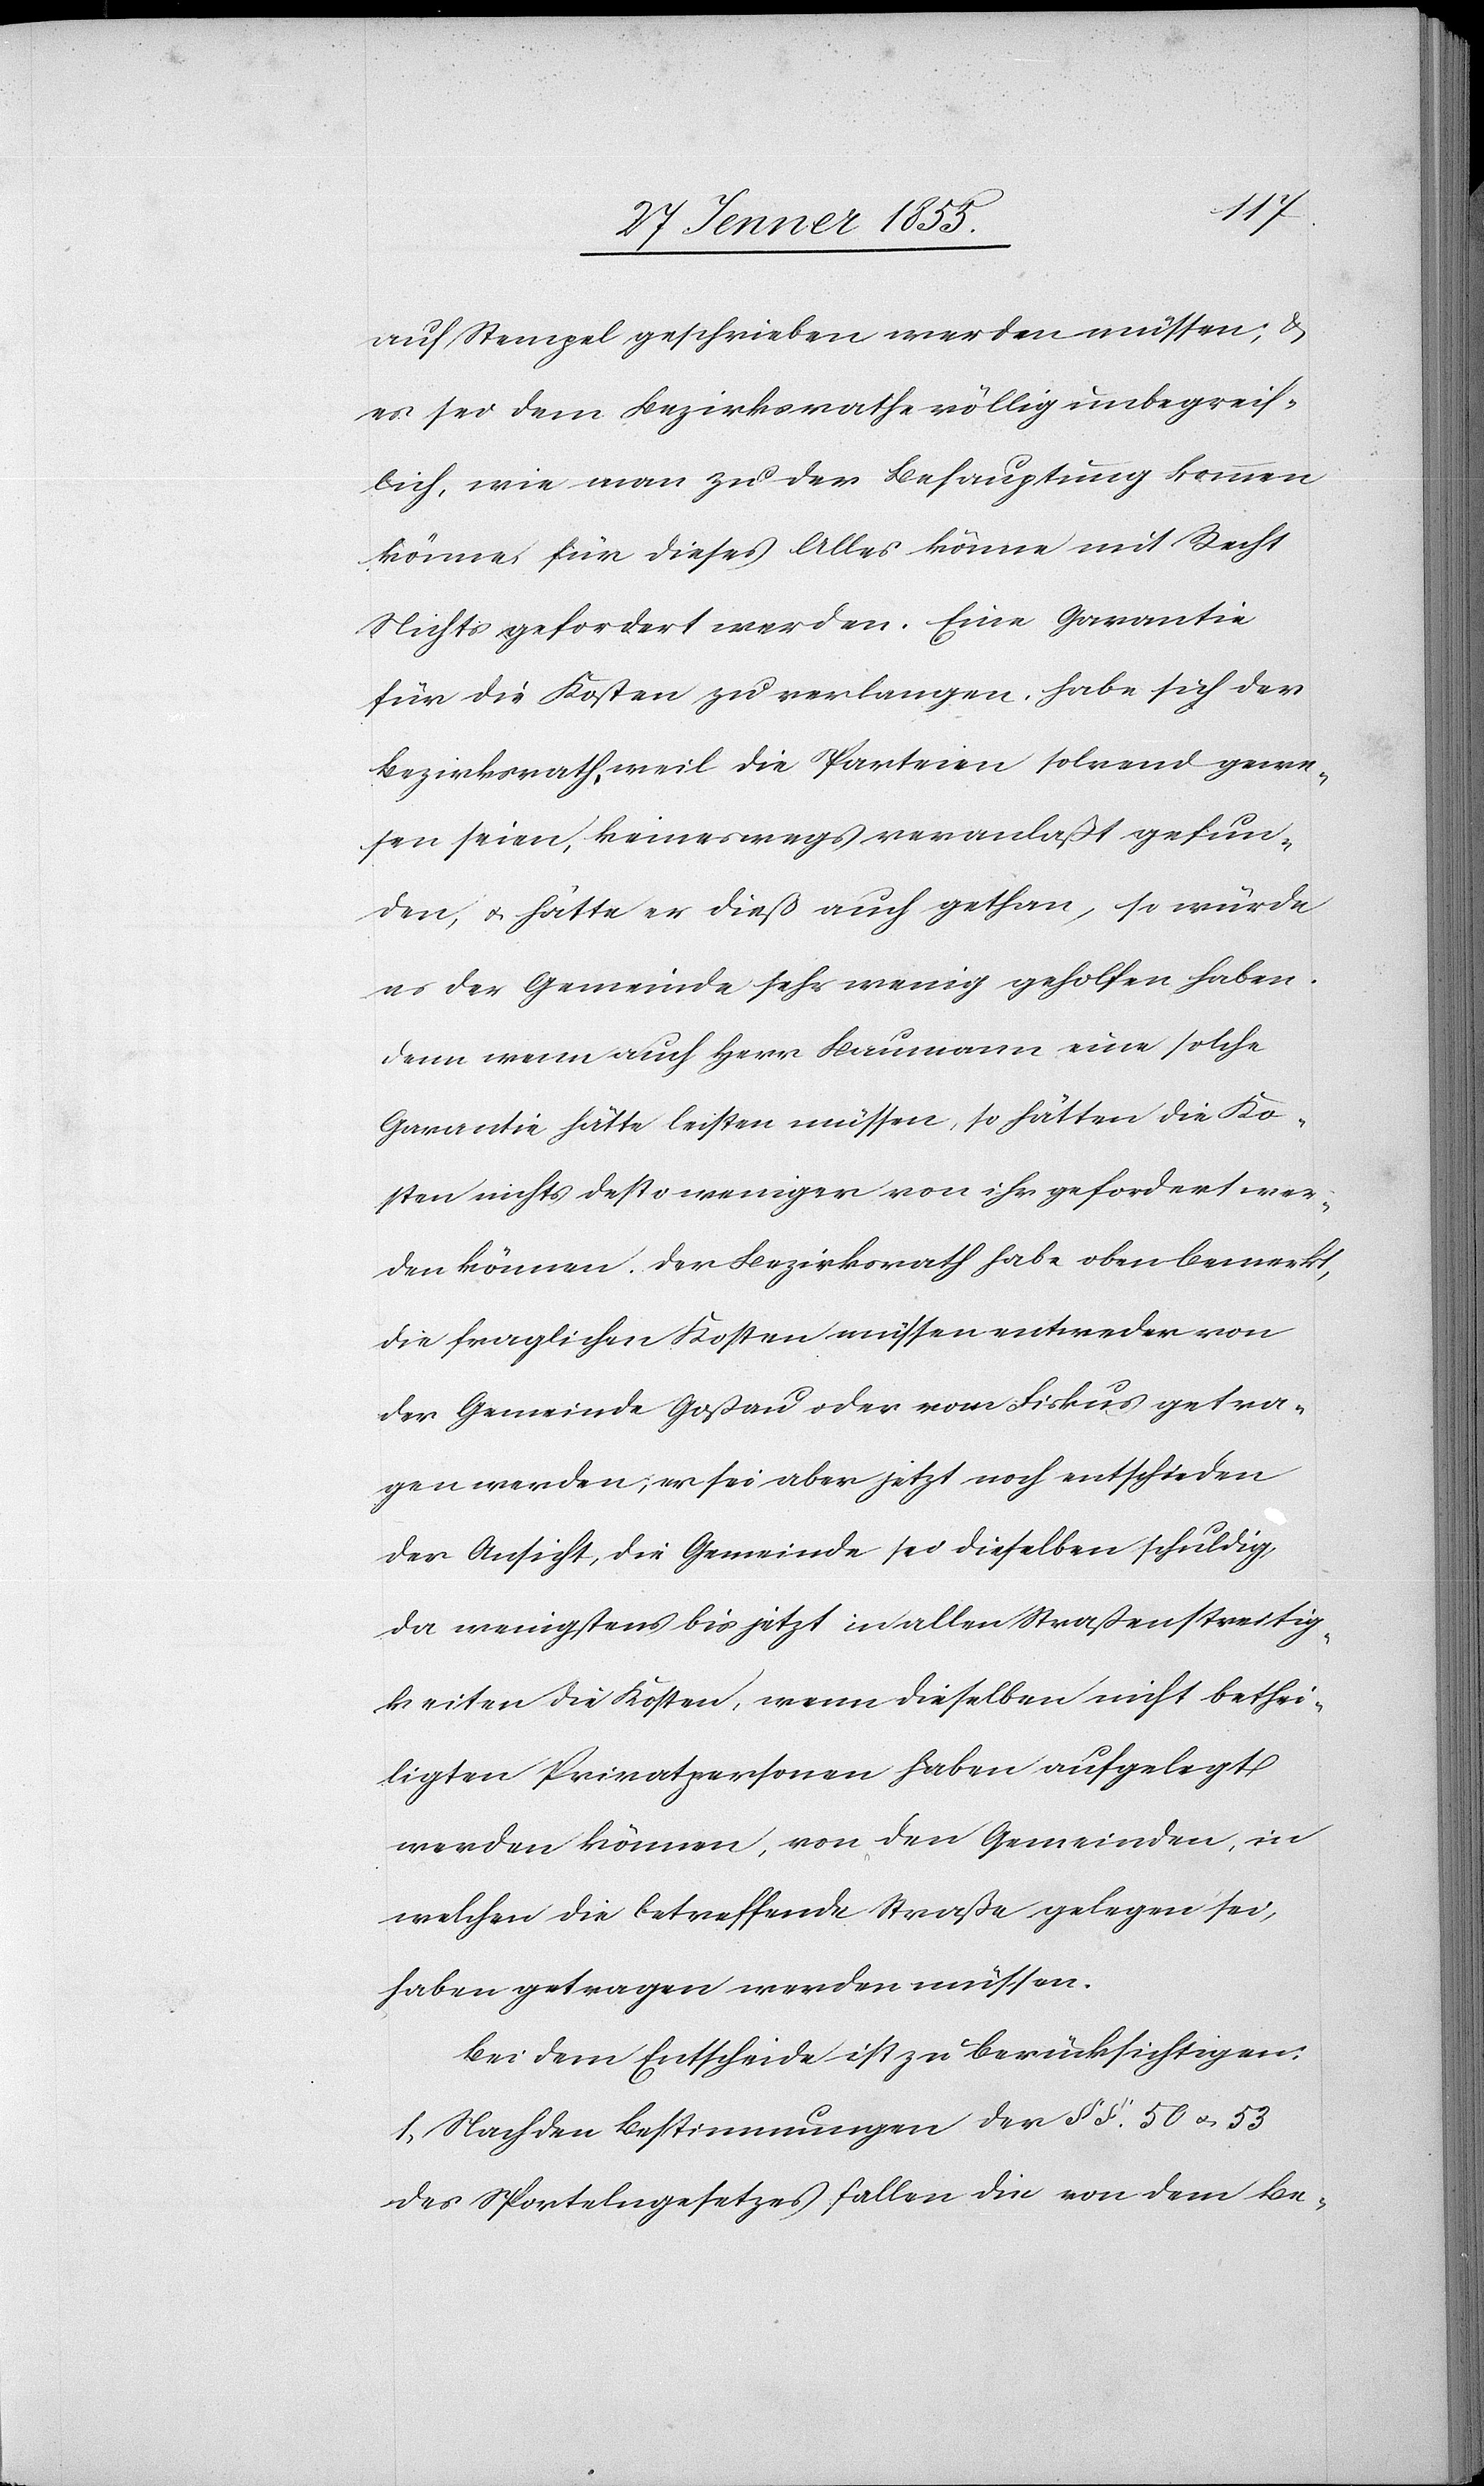
auf Stempel geschrieben werden müssen; &
es sei dem Bezirksrathe völlig unbegreif¬
lich, wie man zu der Behauptung kommen
könne, für dieses Alles könne mit Recht
Nichts gefordert werden. Eine Garantie
für die Kosten zu verlangen, habe sich der
Bezirksrath, weil die Parteien solvend gewe¬
sen seien, keineswegs veranlaßt gefun¬
den, & hätte er dieß auch gethan, so würde
es der Gemeinde sehr wenig geholfen haben.
Denn wenn auch Herr Baumann eine solche
Garantie hätte leisten müssen, so hätten die Ko¬
sten nichts destoweniger von ihr gefordert wer¬
den können. Der Bezirksrath habe oben bemerkt,
die fraglichen Kosten müssen entweder von
der Gemeinde Goßau oder vom Fiskus getra¬
gen werden, er sei aber jetzt noch entschieden
der Ansicht, die Gemeinde sei dieselben schuldig,
da wenigstens bis jetzt in allen Straßenstreitig¬
keiten die Kosten, wenn dieselben nicht bethei¬
ligten Privatpersonen haben aufgelegt
werden können, von den Gemeinden, in
welchen die betreffende Straße gelegen sei,
haben getragen werden müssen.
Bei dem Entscheide ist zu berücksichtigen:
1, Nach den Bestimmungen der §§. 50 & 53
des Sportelngesetzes fallen die von dem Be-